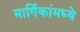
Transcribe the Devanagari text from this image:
मार्गिकांमध्ये